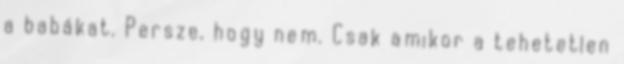
a babákat. Persze, hogy nem. Csak amikor a tehetetlen